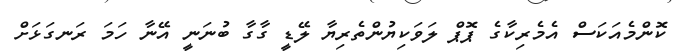
ކޮންމެއަކަސް އެމެރިކާގެ ޕޮޕް ލަވަކިޔުންތެރިޔާ ލޭޑީ ގާގާ ބުނަނީ އޭނާ ހަމަ ރަނގަޅަށް